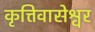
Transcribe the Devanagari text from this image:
कृत्तिवासेश्वर